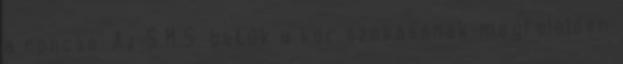
a roncsa. Az S.M.S. betűk a kor szokásának megfelelően